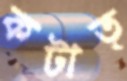
কটাত্